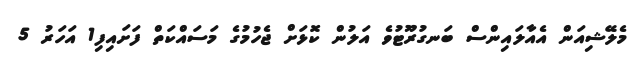
މެލޭޝިއަން އެއާލައިންސް ބަނގުރޫޓުވެ އަލުން ކޮޅަށް ޖެހުމުގެ މަސައްކަތް ފަށައިފި1 އަހަރު 5